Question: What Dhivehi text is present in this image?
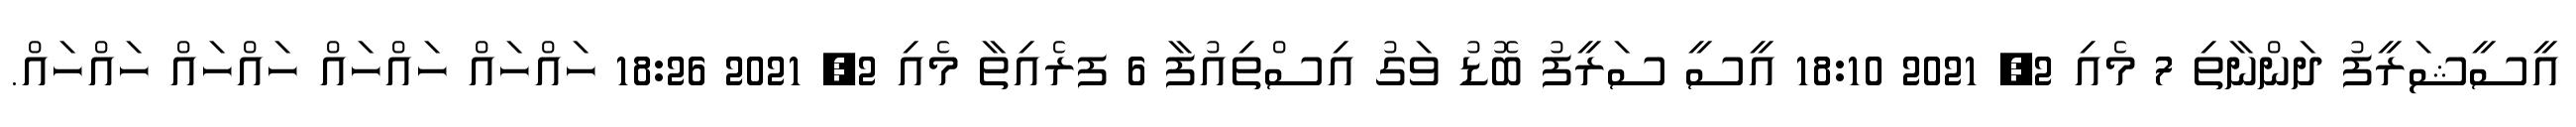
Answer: އީސީޝަރީފު ދަންނާތި 7 މެއި 2, 2021 18:10 އީސީ ސަރީފު ބޮޑު ވަގު އިސްތިއުފާ 6 ފރެއިތާ މެއި 2, 2021 18:26 ހައްހައް ހައްހައް ހައްހައް ހައްހައް.